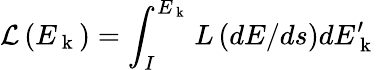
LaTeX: \mathcal{L}\left(E_{\mathrm{~k~}}\right)=\int_{I}^{E_{\mathrm{~k~}}}L\left(dE/ds\right)dE_{\mathrm{~k~}}^{\prime}